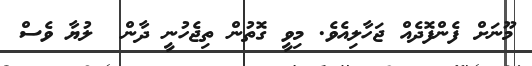
މޫނަށް ފެންފޮދެއް ޖަހާލިއެވެ. މިވީ ގޮތުން ތިޖެހުނީ ދާން  ލުޔާ ވެސް